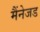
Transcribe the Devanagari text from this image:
मैंनेजड